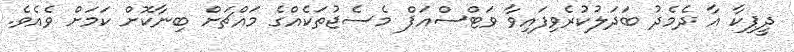
ދީޕިކާ އާ ދެމެދު ބަދަލުކުރެވިފައިވާ ވަޓްސްއަޕް މެސެޖުތަކެއްގެ މައްޗަށް ބިނާކޮށް ކަމަށް ވެއެވެ.